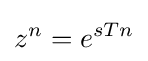
z^{n}=e^{sTn}